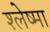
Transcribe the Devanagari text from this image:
श्‍लेष्‍मा